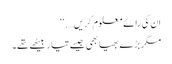
ان کی رائے معلوم کریں….‘‘
مگر بڑے بھیا بھی جیسے تیار بیٹھے تھے۔